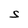
Character: S